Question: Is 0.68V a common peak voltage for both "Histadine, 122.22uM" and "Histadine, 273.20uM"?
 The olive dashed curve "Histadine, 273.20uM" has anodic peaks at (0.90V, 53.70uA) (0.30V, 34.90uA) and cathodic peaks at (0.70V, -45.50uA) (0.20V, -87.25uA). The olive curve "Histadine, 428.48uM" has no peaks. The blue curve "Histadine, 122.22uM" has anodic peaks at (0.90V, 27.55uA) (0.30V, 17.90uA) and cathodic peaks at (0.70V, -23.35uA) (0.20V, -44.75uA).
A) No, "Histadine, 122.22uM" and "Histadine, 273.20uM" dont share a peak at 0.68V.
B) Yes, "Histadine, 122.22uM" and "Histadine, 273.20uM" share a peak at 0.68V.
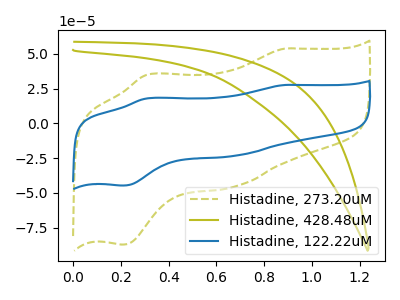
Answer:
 <answer>B) Yes, "Histadine, 122.22uM" and "Histadine, 273.20uM" share a peak at 0.68V.</answer>
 <eval>B</eval>